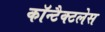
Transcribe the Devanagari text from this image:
कॉन्टैक्टलेस